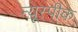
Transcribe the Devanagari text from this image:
न्यूस्पीक